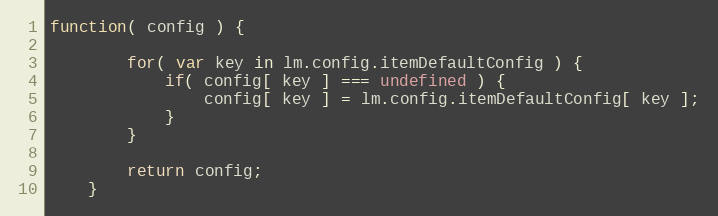
Language: JavaScript
function( config ) {

		for( var key in lm.config.itemDefaultConfig ) {
			if( config[ key ] === undefined ) {
				config[ key ] = lm.config.itemDefaultConfig[ key ];
			}
		}

		return config;
	}